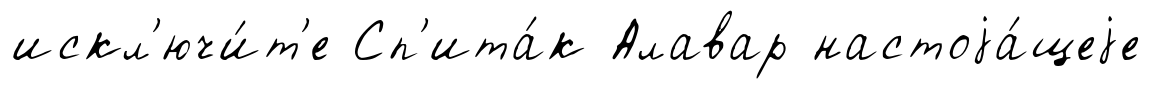
искл'ючи́т'е Сп'ита́к Алавар настоjа́щеjе